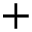
+